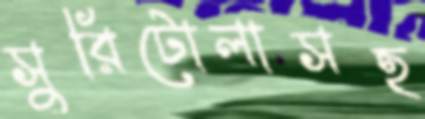
সুরিটোলাসহ